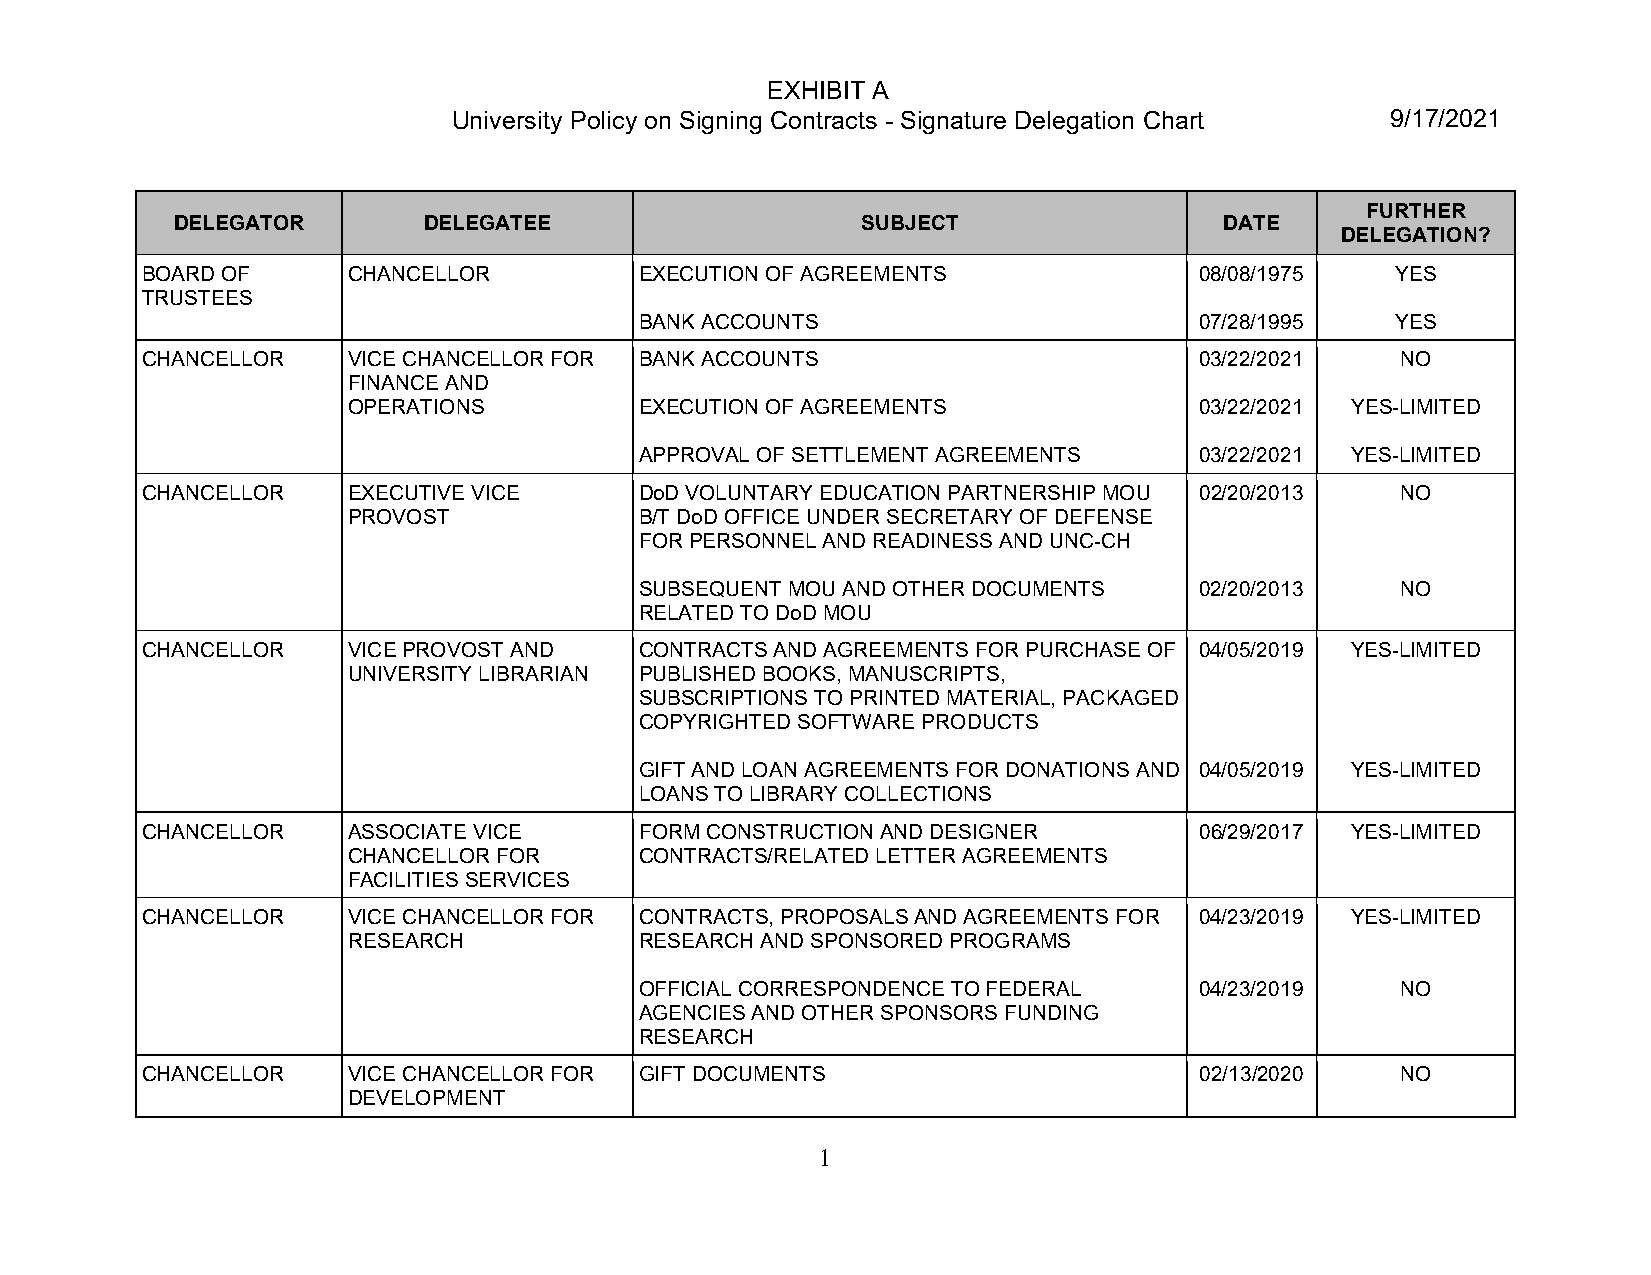
EXHIBIT A
 University Policy on Signing Contracts - Signature Delegation Chart 9/17/2021
 FURTHER
 DELEGATOR        DELEGATEE                    SUBJECT                 DATE
 DELEGATION?
 BOARD OF      CHANCELLOR         EXECUTION OF AGREEMENTS              08/08/1975   YES
 TRUSTEES
 BANK ACCOUNTS                        07/28/1995   YES
 CHANCELLOR    VICE CHANCELLOR FOR BANK ACCOUNTS                       03/22/2021    NO
 FINANCE AND
 OPERATIONS         EXECUTION OF AGREEMENTS              03/22/2021 YES-LIMITED
 APPROVAL OF SETTLEMENT AGREEMENTS    03/22/2021 YES-LIMITED
 CHANCELLOR    EXECUTIVE VICE     DoD VOLUNTARY EDUCATION PARTNERSHIP MOU 02/20/2013 NO
 PROVOST            B/T DoD OFFICE UNDER SECRETARY OF DEFENSE
 FOR PERSONNEL AND READINESS AND UNC-CH
 SUBSEQUENT MOU AND OTHER DOCUMENTS   02/20/2013    NO
 RELATED TO DoD MOU
 CHANCELLOR    VICE PROVOST AND   CONTRACTS AND AGREEMENTS FOR PURCHASE OF 04/05/2019 YES-LIMITED
 UNIVERSITY LIBRARIAN PUBLISHED BOOKS, MANUSCRIPTS,
 SUBSCRIPTIONS TO PRINTED MATERIAL, PACKAGED
 COPYRIGHTED SOFTWARE PRODUCTS
 GIFT AND LOAN AGREEMENTS FOR DONATIONS AND 04/05/2019 YES-LIMITED
 LOANS TO LIBRARY COLLECTIONS
 CHANCELLOR    ASSOCIATE VICE     FORM CONSTRUCTION AND DESIGNER       06/29/2017 YES-LIMITED
 CHANCELLOR FOR     CONTRACTS/RELATED LETTER AGREEMENTS
 FACILITIES SERVICES
 CHANCELLOR    VICE CHANCELLOR FOR CONTRACTS, PROPOSALS AND AGREEMENTS FOR 04/23/2019 YES-LIMITED
 RESEARCH           RESEARCH AND SPONSORED PROGRAMS
 OFFICIAL CORRESPONDENCE TO FEDERAL   04/23/2019    NO
 AGENCIES AND OTHER SPONSORS FUNDING
 RESEARCH
 CHANCELLOR    VICE CHANCELLOR FOR GIFT DOCUMENTS                      02/13/2020    NO
 DEVELOPMENT
 1